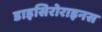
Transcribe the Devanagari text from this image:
डाइसिरोराइनस